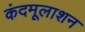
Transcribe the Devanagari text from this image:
कंदमूलाशन